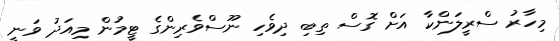
މިހާރު ސްރީލަންކާ އަށް ގޮސް ތިބި ދިވެހި ނޫސްވެރިންގެ ޓީމުން މިއަދު ވަނީ